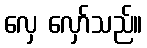
လှေ လှော်သည်။